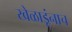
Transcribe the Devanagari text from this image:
खेळाडूंनाच